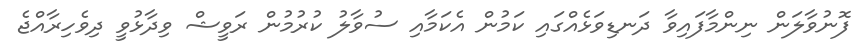
ފޮނުވާލަން ނިންމާފައިވާ ދަނޑިވަޅެއްގައި ކަމުން އެކަމާއި ސުވާލު ކުރުމުން ރަވީޝް ވިދާޅުވީ ދިވެހިރާއްޖެ